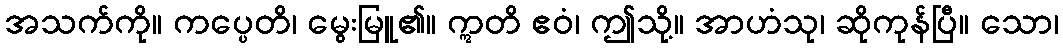
အသက်ကို။ ကပ္ပေတိ၊ မွေးမြူ၏။ ဣတိ ဧဝံ၊ ဤသို့။ အာဟံသု၊ ဆိုကုန်ပြီ။ သော၊